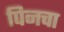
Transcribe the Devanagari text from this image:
पिनचा